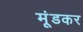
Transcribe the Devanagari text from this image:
मूंडकर